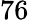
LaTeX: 76